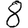
Digit: 8